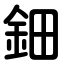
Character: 鈿